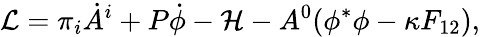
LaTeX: {\cal L}=\pi_{i}\dot{A}^{i}+P\dot{\phi}-{\cal H}-A^{0}(\phi^{*}\phi-\kappa F_{12}),